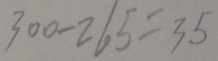
3 0 0 - 2 6 5 = 3 5